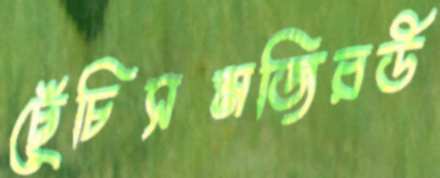
ছেঁচিসমজিরউ